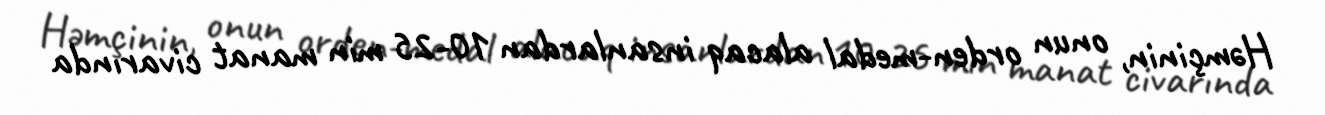
Həmçinin, onun orden-medal alacaq insanlardan 10-25 min manat civarında